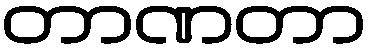
တာဏတာ